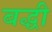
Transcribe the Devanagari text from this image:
बद्धी